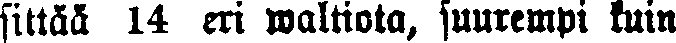
sittää 14 eri waltiota, suurempi kuin